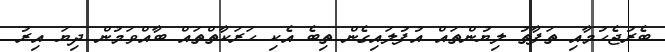
ބެރުޖެހުމާއި ތަފާތު ލިޔުންތައް އުފުލައިގެން ތިބެ އެކި ހަރަކާތްތައް ބާއްވަމުން ދިޔަ އިރު